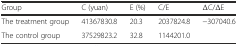
| Group | C (yuan) | E (%) | C/E | ΔC/ΔE |
 | --- | --- | --- | --- | --- |
 | The treatment group | 41367830.8 | 20.3 | 2037824.8 | −307040.6 |
 | The control group | 37529823.2 | 32.8 | 1144201.0 |  |